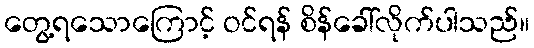
တွေ့ရသောကြောင့် ဝင်ရန် စိန်ခေါ်လိုက်ပါသည်။